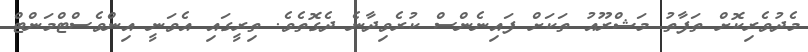
މެދުވެރިކޮށް ތަފާތު މަޝްރޫއު ތަކަށް ފައިނެންސް ކުރެވިދާނެ ދެގޮތެވެ. ތިރީގައި އެވަނީ އިންވެސްޓްމަންޓް